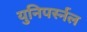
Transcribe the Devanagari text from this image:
युनिपर्स्नल